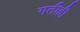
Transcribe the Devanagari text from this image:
गतीही